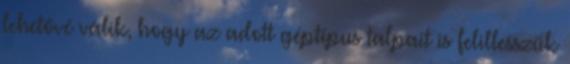
lehetővé válik, hogy az adott géptípus talpait is felillesszük